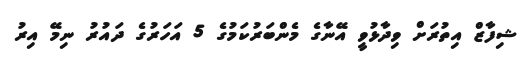
ޝިފާޒް އިތުރަށް ވިދާޅުވީ އޭނާގެ މެންބަރުކަމުގެ 5 އަހަރުގެ ދައުރު ނިމޭ އިރު